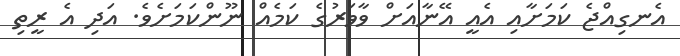
އެނގިއްޖެ ކަމަށާއި އެއީ އޭނާއަށް ވާވަރުގެ ކަމެއް ނޫންކަމަށެވެ. އަދި އެ ރީތި